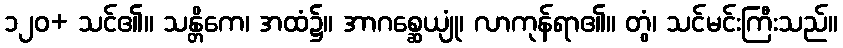
၁၂၀+ သင်၏။ သန္တိကေ၊ အထံ၌။ အာဂစ္ဆေယျုံ၊ လာကုန်ရာ၏။ တွံ၊ သင်မင်းကြီးသည်။